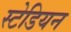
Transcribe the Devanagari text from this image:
स्टेडियन